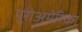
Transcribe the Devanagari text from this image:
यूरोअमेरिका